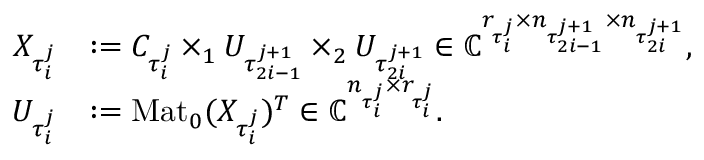
\begin{array} { r l } { X _ { \tau _ { i } ^ { j } } } & { : = C _ { \tau _ { i } ^ { j } } \times _ { 1 } U _ { \tau _ { 2 i - 1 } ^ { j + 1 } } \times _ { 2 } U _ { \tau _ { 2 i } ^ { j + 1 } } \in \mathbb { C } ^ { r _ { \tau _ { i } ^ { j } } \times n _ { \tau _ { 2 i - 1 } ^ { j + 1 } } \times n _ { \tau _ { 2 i } ^ { j + 1 } } } , } \\ { U _ { \tau _ { i } ^ { j } } } & { : = \mathrm { M a t } _ { 0 } ( X _ { \tau _ { i } ^ { j } } ) ^ { T } \in \mathbb { C } ^ { n _ { \tau _ { i } ^ { j } } \times r _ { \tau _ { i } ^ { j } } } . } \end{array}